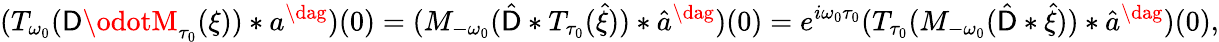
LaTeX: (T_{\omega_{0}}(\mathsf{D}\odotM_{\tau_{0}}(\xi))*a^{\dag})(0)=(M_{-\omega_{0}}(\hat{{\mathsf{D}}}*T_{\tau_{0}}(\hat{{\xi}}))*\hat{{a}}^{\dag})(0)=e^{i\omega_{0}\tau_{0}}(T_{\tau_{0}}(M_{-\omega_{0}}(\hat{{\mathsf{D}}}*\hat{{\xi}}))*\hat{{a}}^{\dag})(0),